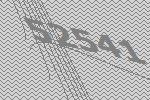
52541